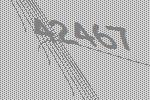
42467